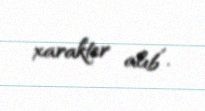
xarakter alıb”.